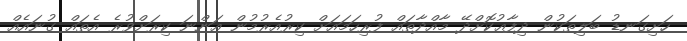
ހަށިގަނޑު ބަލިތަކުން ދިފާޢުކޮށްދޭ މާއްދާތައް ފުރިހަމައަށް ކިރުއެރުމުން އަންނަ ކިރަށްވުރެ އެތައް ގުނައެއް